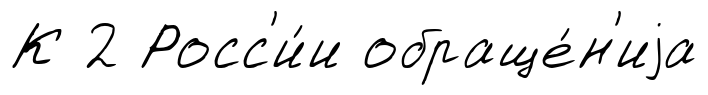
К 2 Росс'и́и обраще́н'иjа